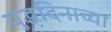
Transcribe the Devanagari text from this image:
युद्धदिनाच्या